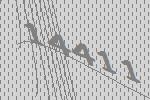
14411